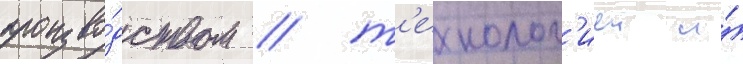
произво́дством / т'ехнолог'иеи и́